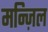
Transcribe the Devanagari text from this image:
मन्ज़िल